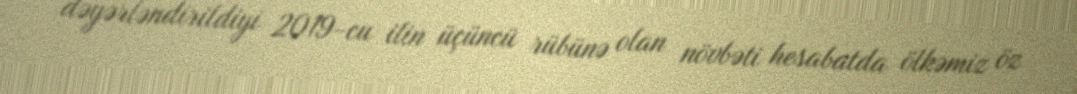
dəyərləndirildiyi 2019-cu ilin üçüncü rübünə olan növbəti hesabatda ölkəmiz öz